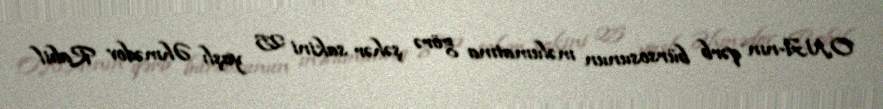
ONA-nın qərb bürsosunun məlumatına görə şəhər sakini 25 yaşlı Əhmədov Rabil